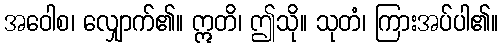
အဝေါစ၊ လျှောက်၏။ ဣတိ၊ ဤသို။ သုတံ၊ ကြားအပ်ပါ၏။